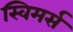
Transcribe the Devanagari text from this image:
स्विमर्स